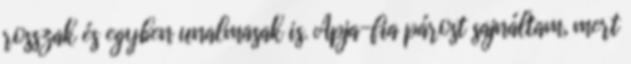
rosszak és egyben unalmasak is. Apja-fia párost sajnáltam, mert